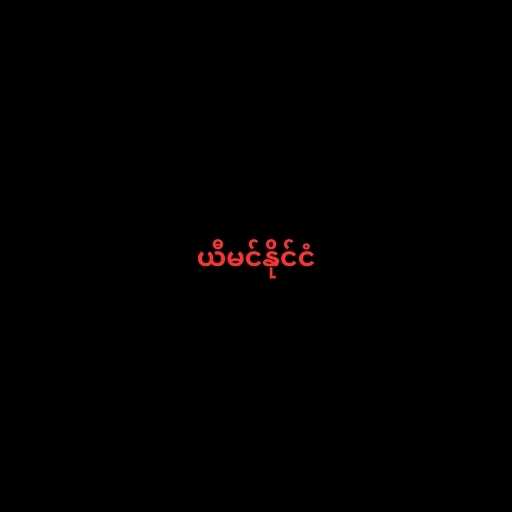
ယီမင်နိုင်ငံ